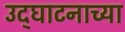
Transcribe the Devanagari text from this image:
उद्घाटनाच्या